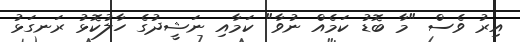
އިރު ވެސް "މާ ބޮޑު ކަމެއް ނުވާ" ކަމާއި ނަޝީދުގެ ހާލުކޮޅު ރަނގަޅު